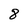
Character: 8